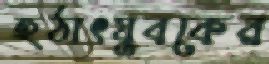
হঠাৎযুবকের